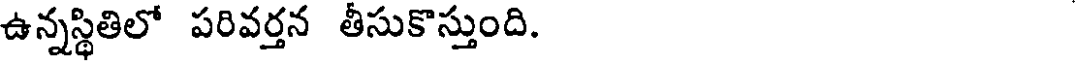
ఉన్నస్థితిలో పరివర్తన తీసుకొస్తుంది.